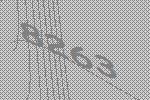
8263